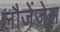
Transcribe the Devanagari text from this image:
लौजेंजेस